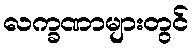
လက္ခဏာများတွင်